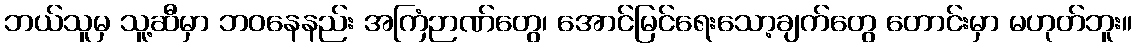
ဘယ်သူမှ သူ့ဆီမှာ ဘဝနေနည်း အကြံဉာဏ်တွေ၊ အောင်မြင်ရေးသော့ချက်တွေ တောင်းမှာ မဟုတ်ဘူး။